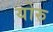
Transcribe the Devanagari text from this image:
योरु